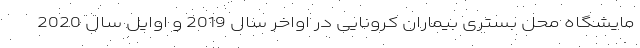
مایشگاه محل بستری بیماران کرونایی در اواخر سال 2019 و اوایل سال 2020